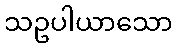
သဥပါယာသော